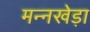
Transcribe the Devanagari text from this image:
मन्नखेड़ा